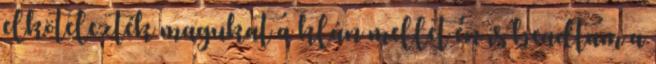
elkötelezték magukat a klán mellet én is beadtam a